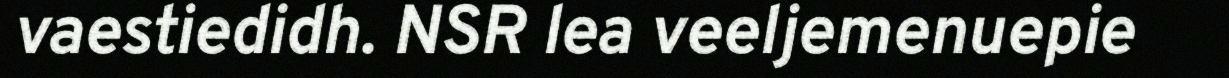
vaestiedidh. NSR lea veeljemenuepie